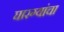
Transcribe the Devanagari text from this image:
घारग्यांचा